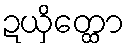
ဍယှိတ္ထော